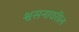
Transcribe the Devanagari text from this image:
श्वसनावरील